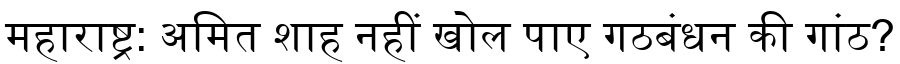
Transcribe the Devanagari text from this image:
महाराष्ट्र: अमित शाह नहीं खोल पाए गठबंधन की गांठ?